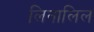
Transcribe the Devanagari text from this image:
लिनालिल